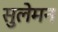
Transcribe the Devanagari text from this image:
सुलेमन